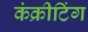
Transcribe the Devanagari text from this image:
कंक्रीटिंग